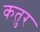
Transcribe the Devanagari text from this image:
कतुर